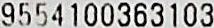
9554100363103